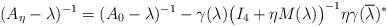
LaTeX: \begin{align*} (A_\eta - \lambda)^{-1} = (A_0 - \lambda)^{-1} - \gamma(\lambda) \big( I_4 + \eta M(\lambda) \big)^{-1} \eta \gamma(\overline{\lambda})^* \end{align*}